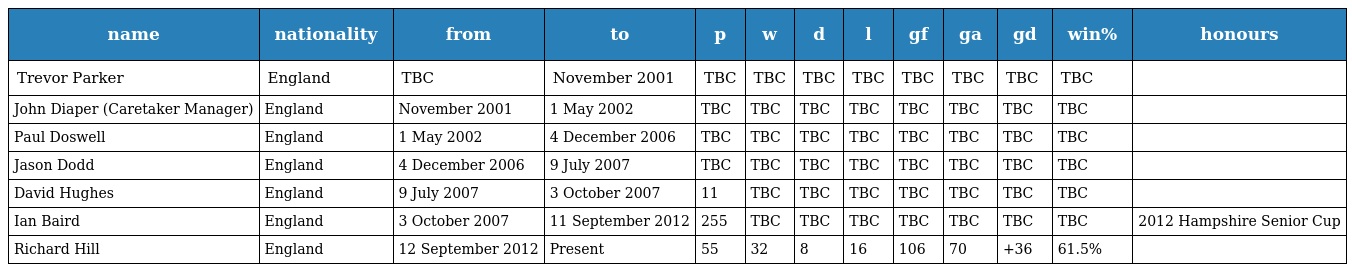
| name | nationality | from | to | p | w | d | l | gf | ga | gd | win% | honours |
 | --- | --- | --- | --- | --- | --- | --- | --- | --- | --- | --- | --- | --- |
 | Trevor Parker | England | TBC | November 2001 | TBC | TBC | TBC | TBC | TBC | TBC | TBC | TBC |  |
 | John Diaper (Caretaker Manager) | England | November 2001 | 1 May 2002 | TBC | TBC | TBC | TBC | TBC | TBC | TBC | TBC |  |
 | Paul Doswell | England | 1 May 2002 | 4 December 2006 | TBC | TBC | TBC | TBC | TBC | TBC | TBC | TBC |  |
 | Jason Dodd | England | 4 December 2006 | 9 July 2007 | TBC | TBC | TBC | TBC | TBC | TBC | TBC | TBC |  |
 | David Hughes | England | 9 July 2007 | 3 October 2007 | 11 | TBC | TBC | TBC | TBC | TBC | TBC | TBC |  |
 | Ian Baird | England | 3 October 2007 | 11 September 2012 | 255 | TBC | TBC | TBC | TBC | TBC | TBC | TBC | 2012 Hampshire Senior Cup |
 | Richard Hill | England | 12 September 2012 | Present | 55 | 32 | 8 | 16 | 106 | 70 | +36 | 61.5% |  |